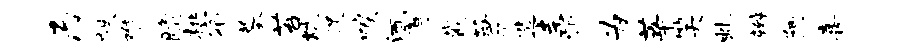
乃帙难脆桃宿墓苔炕促唳洒掣戴萧造圭忻为莘笑虬辫阿喜